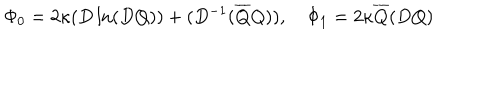
\Phi _ { 0 } = 2 \kappa ( D \ln ( D Q ) ) + ( D ^ { - 1 } ( \overline { { { Q } } } Q ) ) , \quad \Phi _ { 1 } = 2 \kappa \overline { { { Q } } } ( D Q )